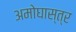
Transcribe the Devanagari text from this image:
अमोघास्त्र